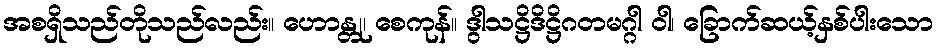
အစရှိသည်တိုသည်လည်း။ ဟောန္တု၊ စေကုန်။ ဒွါသဋ္ဌိဒိဋ္ဌိဂတမဂ္ဂါ ဝါ၊ ခြောက်ဆယ့်နှစ်ပါးသော